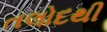
તલોદથી